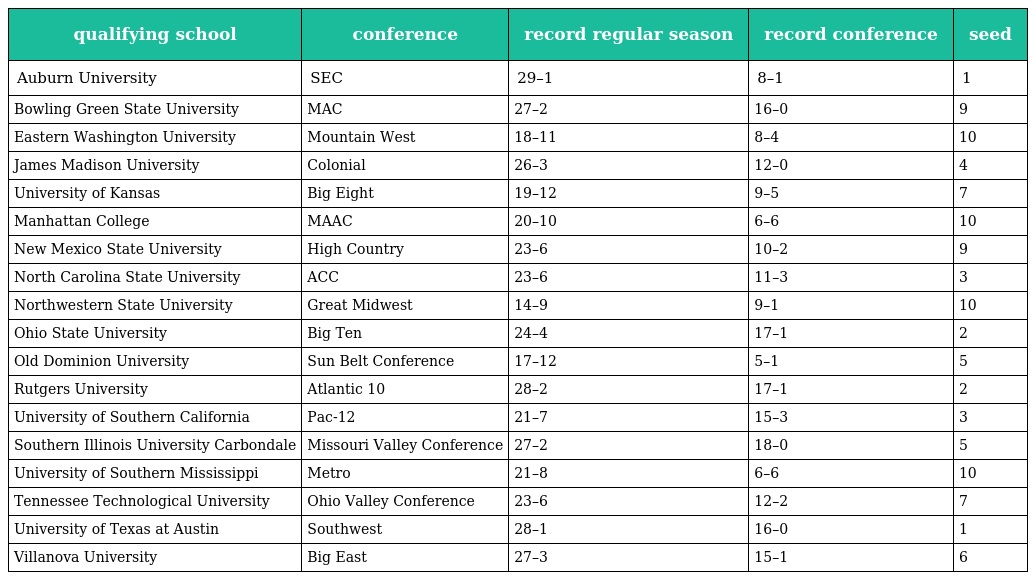
| qualifying school | conference | record regular season | record conference | seed |
 | --- | --- | --- | --- | --- |
 | Auburn University | SEC | 29–1 | 8–1 | 1 |
 | Bowling Green State University | MAC | 27–2 | 16–0 | 9 |
 | Eastern Washington University | Mountain West | 18–11 | 8–4 | 10 |
 | James Madison University | Colonial | 26–3 | 12–0 | 4 |
 | University of Kansas | Big Eight | 19–12 | 9–5 | 7 |
 | Manhattan College | MAAC | 20–10 | 6–6 | 10 |
 | New Mexico State University | High Country | 23–6 | 10–2 | 9 |
 | North Carolina State University | ACC | 23–6 | 11–3 | 3 |
 | Northwestern State University | Great Midwest | 14–9 | 9–1 | 10 |
 | Ohio State University | Big Ten | 24–4 | 17–1 | 2 |
 | Old Dominion University | Sun Belt Conference | 17–12 | 5–1 | 5 |
 | Rutgers University | Atlantic 10 | 28–2 | 17–1 | 2 |
 | University of Southern California | Pac-12 | 21–7 | 15–3 | 3 |
 | Southern Illinois University Carbondale | Missouri Valley Conference | 27–2 | 18–0 | 5 |
 | University of Southern Mississippi | Metro | 21–8 | 6–6 | 10 |
 | Tennessee Technological University | Ohio Valley Conference | 23–6 | 12–2 | 7 |
 | University of Texas at Austin | Southwest | 28–1 | 16–0 | 1 |
 | Villanova University | Big East | 27–3 | 15–1 | 6 |